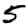
Digit: 5